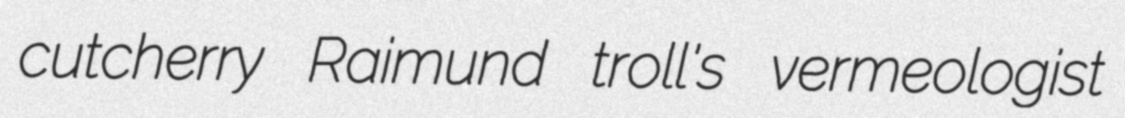
cutcherry Raimund troll's vermeologist